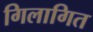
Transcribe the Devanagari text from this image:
गिलागित